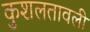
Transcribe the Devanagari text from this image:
कुशलतावली